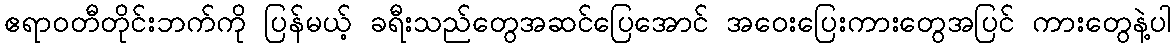
ဧရာဝတီတိုင်းဘက်ကို ပြန်မယ့် ခရီးသည်တွေအဆင်ပြေအောင် အဝေးပြေးကားတွေအပြင် ကားတွေနဲ့ပါ